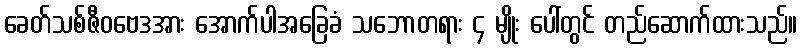
ခေတ်သစ်ဇီဝဗေဒအား အောက်ပါအခြေခံ သဘောတရား ၄ မျိုး ပေါ်တွင် တည်ဆောက်ထားသည်။